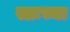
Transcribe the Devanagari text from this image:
स्तःच्या